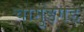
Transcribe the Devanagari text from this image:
चामुंडगड